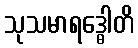
သုသမာရဒ္ဓေါတိ